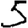
Digit: 5